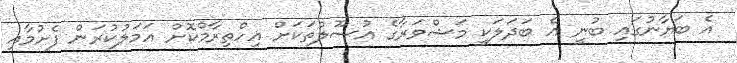
އެ ބަޔާނުގައި ބުނީ އެ ބަދަލަކީ މަޝްވަރާގެ އުސޫލްތަކަށް އިހްތިރާމްކޮށް އަމަލުކުރަން ފެށުމާއި